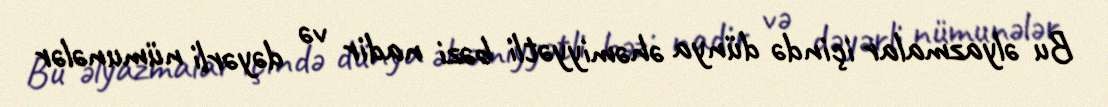
Bu əlyazmalar içində dünya əhəmiyyətli bəzi nadir və dəyərli nümunələr